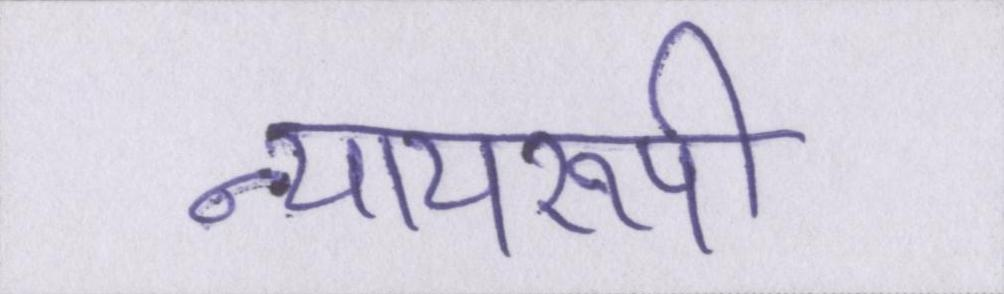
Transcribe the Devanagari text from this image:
न्यायरूपी